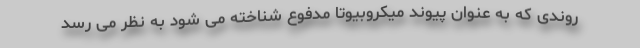
روندی که به عنوان پیوند میکروبیوتا مدفوع شناخته می شود به نظر می رسد